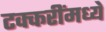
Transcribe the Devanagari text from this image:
टक्करींमध्ये